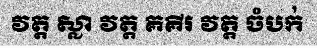
វត្ត ស្លា វត្ត គគីរ វត្ត ចំបក់